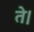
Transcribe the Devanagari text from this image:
ते।